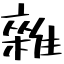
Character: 雜